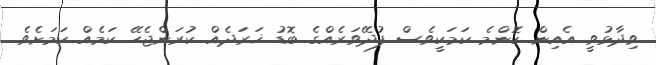
ވިދާޅުވީ އެއިން ކޮންމެ ކަމަކީވެސް ފުދޭވަރެއްގެ ބޮޑު ޚަރަދެއް ކުރަންޖެހޭ ކަމެއް ކަމަށެވެ.